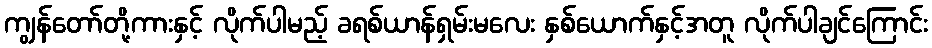
ကျွန်တော်တို့ကားနှင့် လိုက်ပါမည့် ခရစ်ယာန်ရှမ်းမလေး နှစ်ယောက်နှင့်အတူ လိုက်ပါချင်ကြောင်း